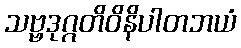
သဗ္ဗဒုဂ္ဂတိဝိနိပါတဘယံ